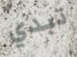
تبدي